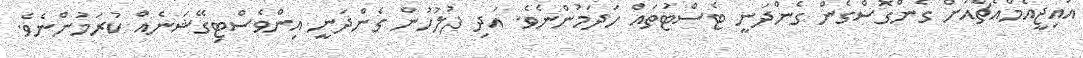
އައިޖީއެމްއެޗްއަށް ގެންގޮސްގެން ގެންދަނީ ޓެސްޓުތައް ހަދަމުންނެވެ. އަދި ފުލުހުން ގެންދަނީ އިންވެސްޓިގޭޝަނެއް ކުރަމުންނެވެ.